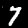
Label: 7